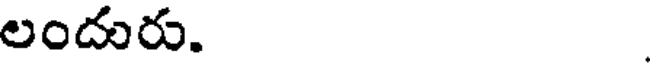
లందురు.